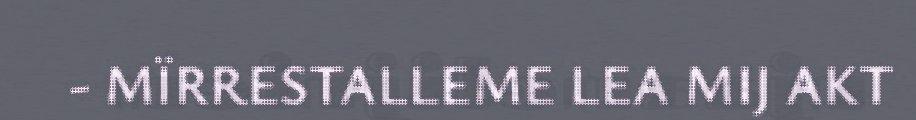
- MÏRRESTALLEME LEA MIJ AKT